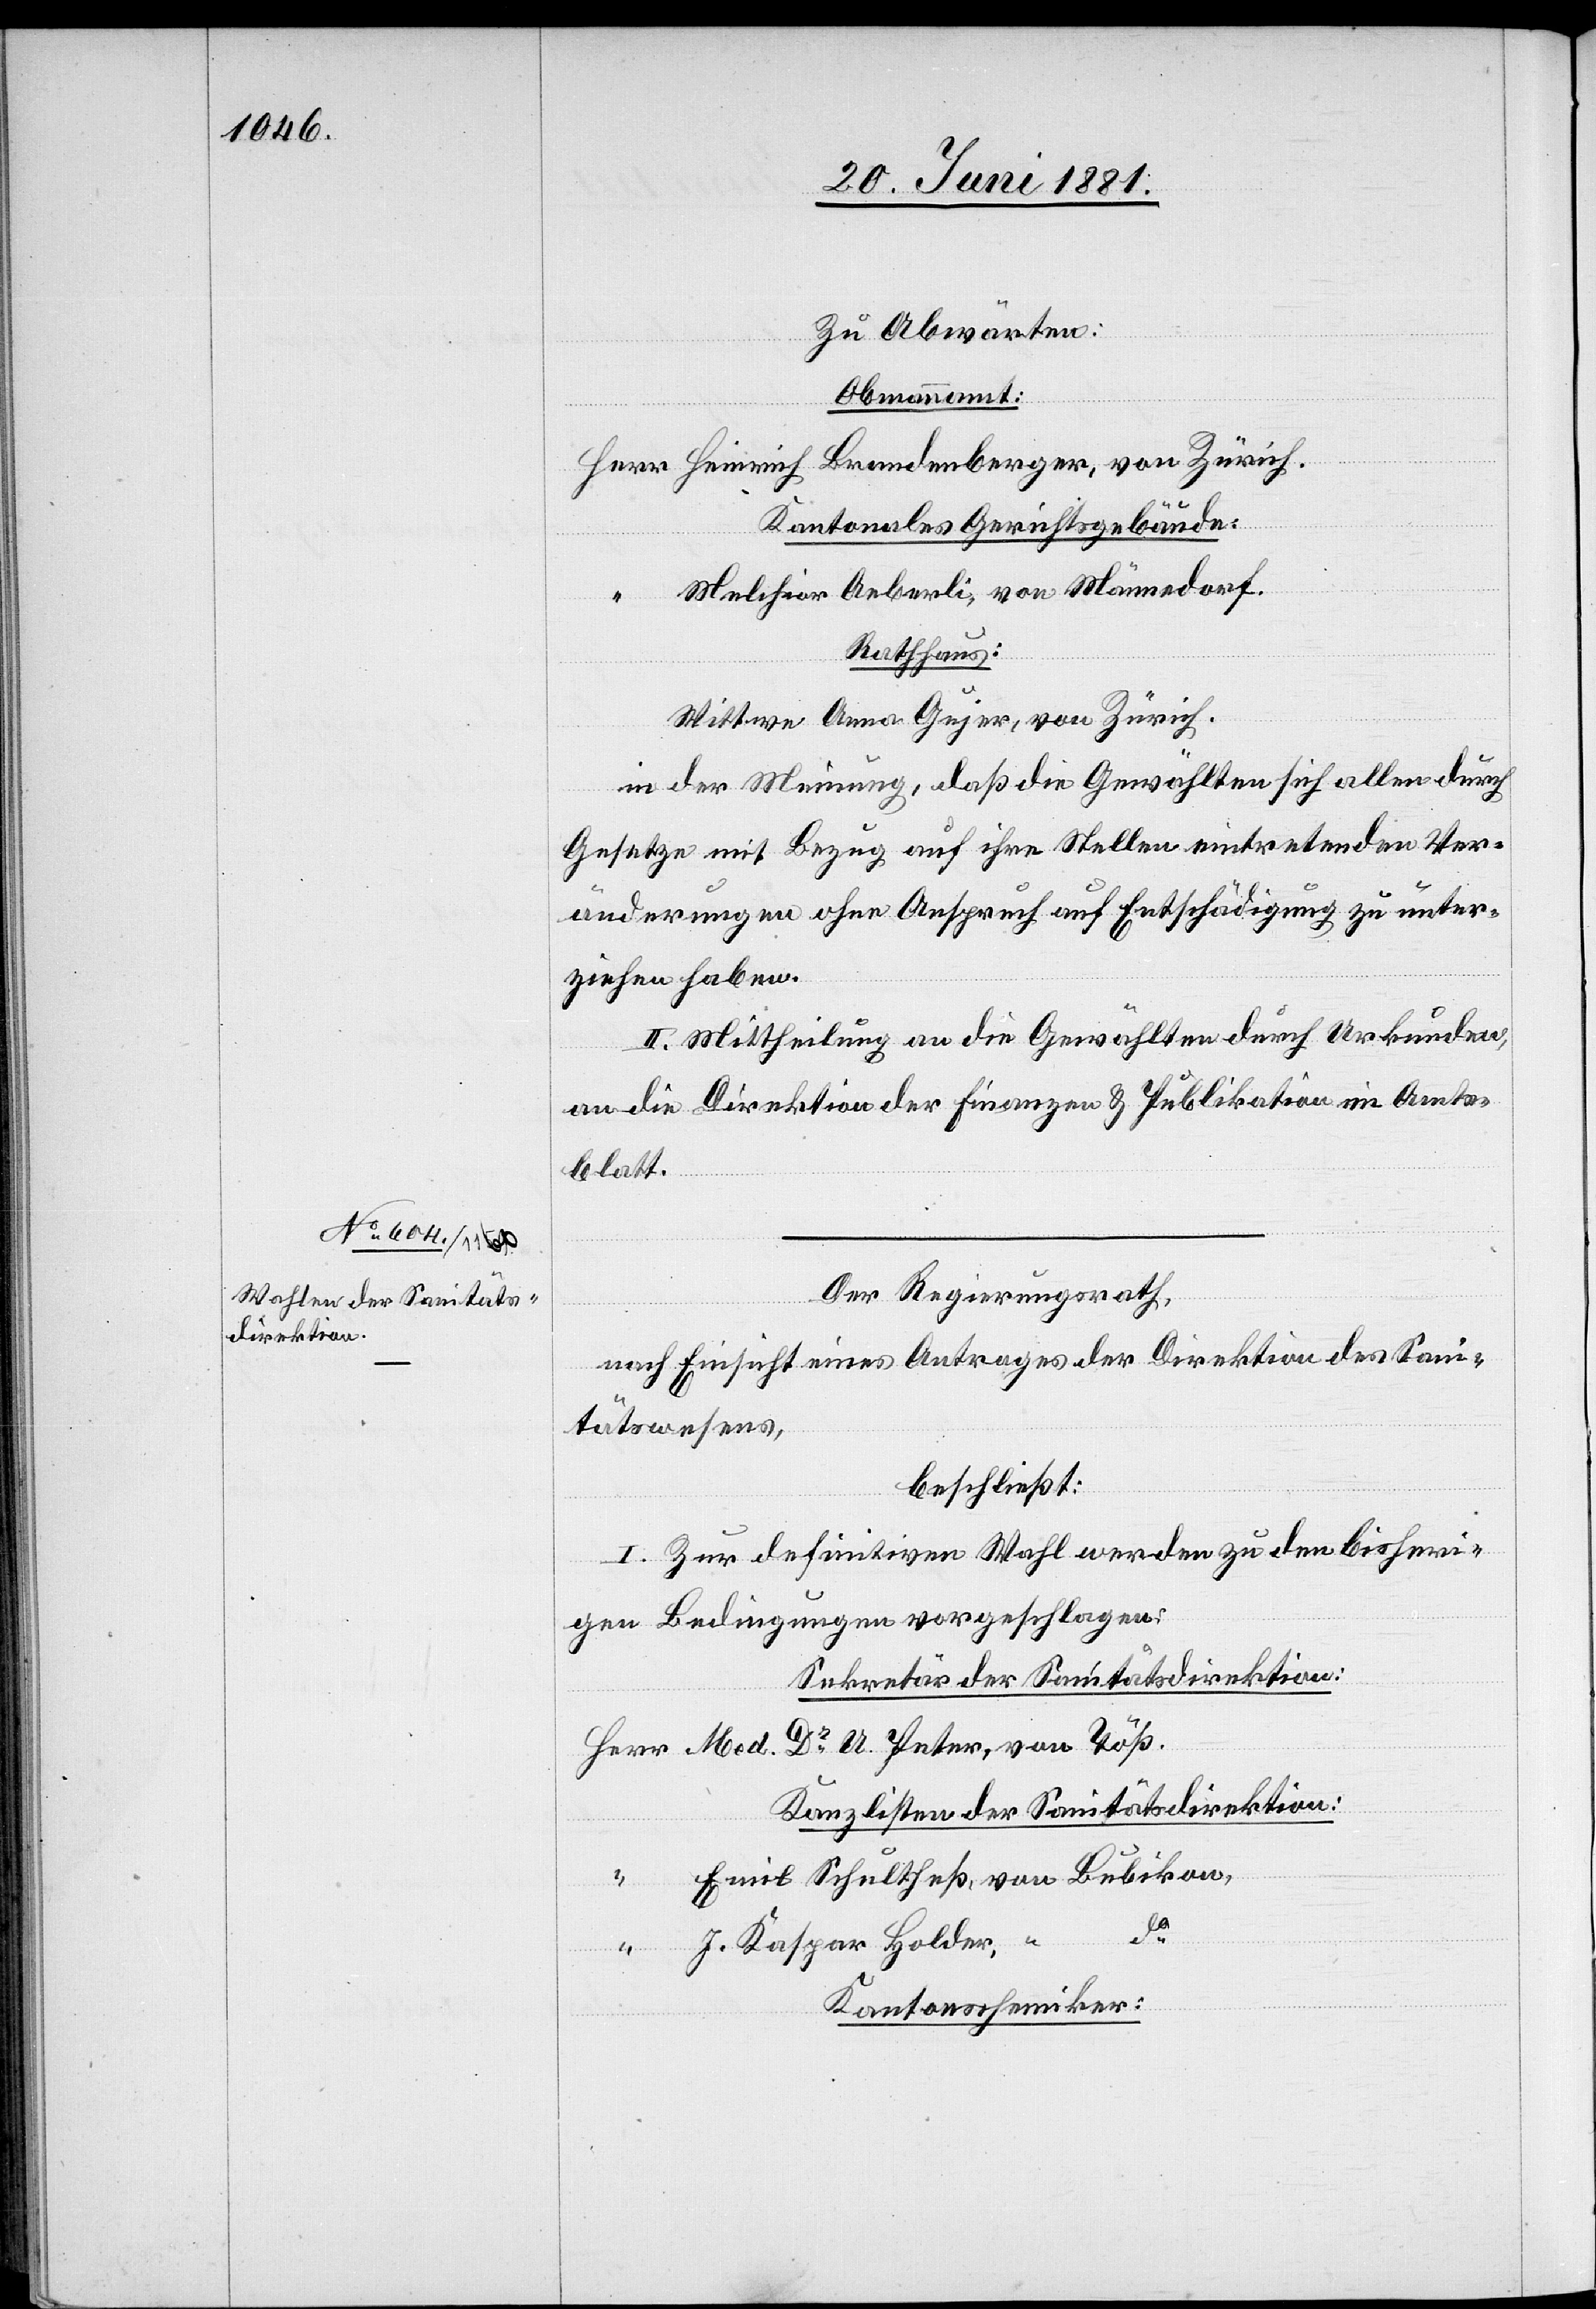
Zu Abwärten:
Obmannamt:
von
Kantonales Gerichtsgebäude:
Melchior Oeberli, von Männedorf.
Rathhaus:
Wittwe Anna Gujer, von Zürich.
in der Meinung, daß die Gewählten sich allen durch
Gesetze mit Bezug auf ihre Stellen eintretenden Ver¬
änderungen ohne Anspruch auf Entschädigung zu unter¬
ziehen haben.
II. Mittheilung an die Gewählten durch Urkunde,
an die Direktion der Finanzen & Publikation im Amts¬
blatt.
Der Regierungsrath,
nach Einsicht eines Antrages der Direktion des Sani¬
tätswesens,
beschließt:
I. Zur definitiven Wahl werden zu den bisheri¬
gen Bedingungen vorgeschlagen:
Sekretär der Sanitätsdirektion:
Med. Dr U. Peter, von Töß.
Kanzlisten der Sanitätsdirektion:
Emil Schultheß, von Bubikon,
da
J. Kaspar Holder, “
Kantonschemiker: